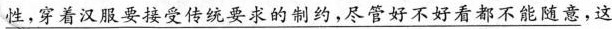
\underline{ 性，穿着汉服要接受传统要求的制约，尽管好不好看都不能随意}，这就